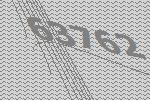
63762